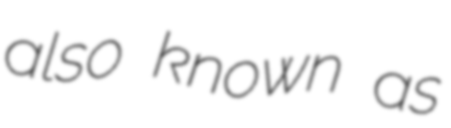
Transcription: also known as